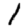
Digit: 1